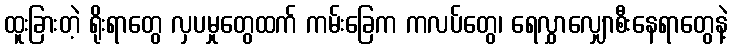
ထူးခြားတဲ့ ရိုးရာတွေ လှပမှုတွေထက် ကမ်းခြေက ကလပ်တွေ၊ ရေလွှာလျှောစီးနေရာတွေနဲ့